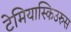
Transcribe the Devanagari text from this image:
टेमियास्किउरुस